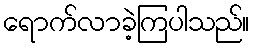
ရောက်လာခဲ့ကြပါသည်။